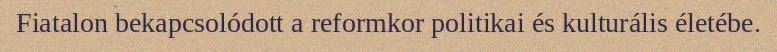
Fiatalon bekapcsolódott a reformkor politikai és kulturális életébe.